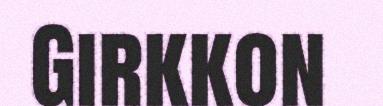
Girkkon